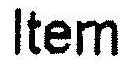
ITEM